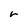
Character: r